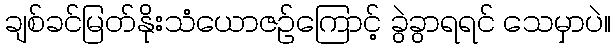
ချစ်ခင်မြတ်နိုးသံယောဇဉ်ကြောင့် ခွဲခွာရရင် သေမှာပဲ။